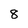
Character: 8